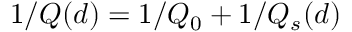
1 / Q ( d ) = 1 / Q _ { 0 } + 1 / Q _ { s } ( d )